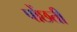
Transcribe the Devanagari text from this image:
पोंछती